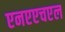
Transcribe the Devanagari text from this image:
एनएएचएल